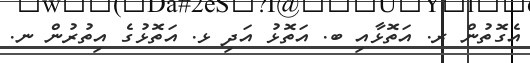
އެގޮތުން ރ. އަތޮޅާއި ބ. އަތޮޅު އަދި ޅ. އަތޮޅުގެ އިތުރުން ނ.